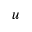
{ u }